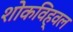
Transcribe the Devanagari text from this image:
शोकविह्वल